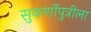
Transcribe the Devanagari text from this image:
सुकर्णोपुत्रीला